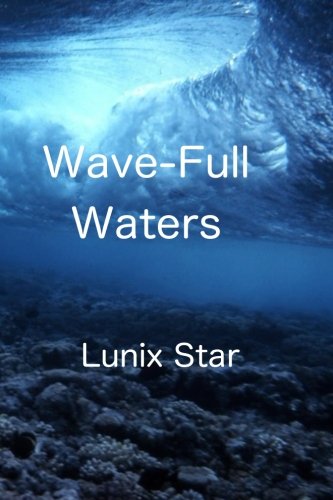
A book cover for Wave-Full Waters: The Prophecy Continues... (Shifting Tides) (Volume 2); Lunix Star; Children's Books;